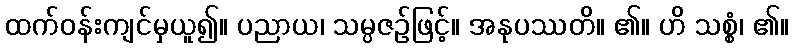
ထက်ဝန်းကျင်မှယူ၍။ ပညာယ၊ သမ္ပဇဉ်ဖြင့်။ အနုပဿတိ။ ၏။ ဟိ သစ္စံ၊ ၏။